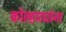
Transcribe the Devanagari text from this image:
कोल्हाट्यांना